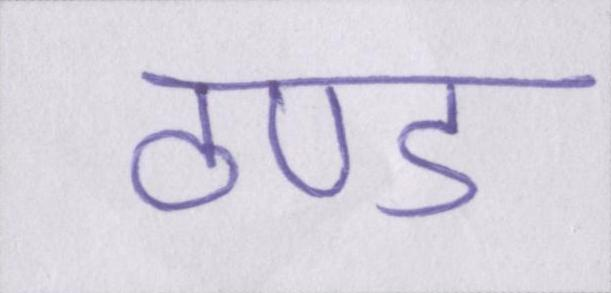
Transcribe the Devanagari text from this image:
ठण्ड